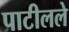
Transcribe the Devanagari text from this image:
पाटीलले